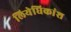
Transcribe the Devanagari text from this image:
लियेधिकांश